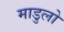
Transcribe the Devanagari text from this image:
माडुलो